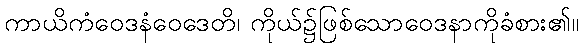
ကာယိကံဝေဒနံဝေဒေတိ၊ ကိုယ်၌ဖြစ်သောဝေဒနာကိုခံစား၏။